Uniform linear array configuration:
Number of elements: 4
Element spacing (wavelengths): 0.5
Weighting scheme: cosine
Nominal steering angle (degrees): -60
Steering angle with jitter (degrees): -61.105
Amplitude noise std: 0.05
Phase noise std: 0.05

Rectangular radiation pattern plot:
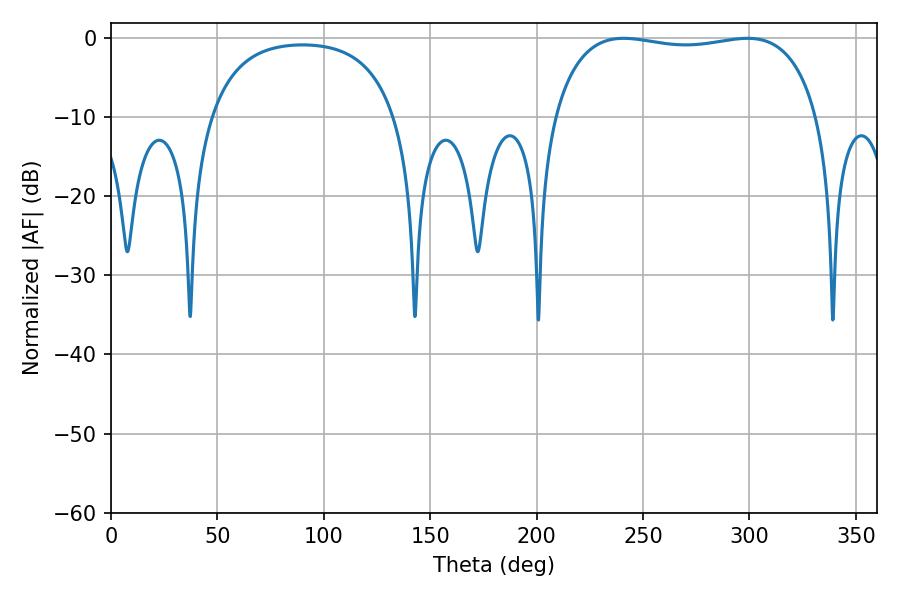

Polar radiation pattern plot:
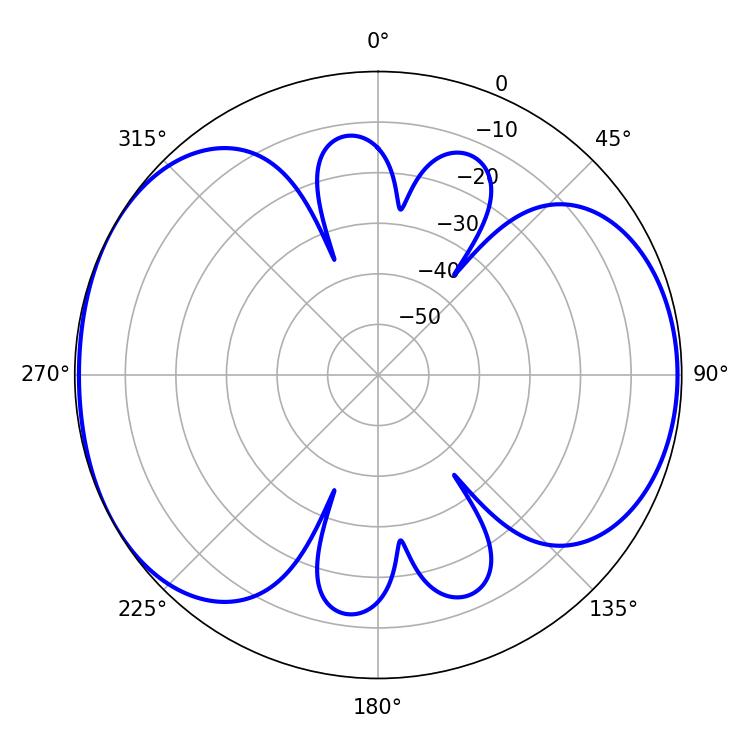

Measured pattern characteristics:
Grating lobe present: FALSE
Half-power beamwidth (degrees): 100.08
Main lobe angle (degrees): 299.16